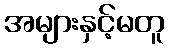
အများနှင့်မတူ